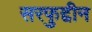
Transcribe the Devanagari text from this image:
सरफुद्दीन